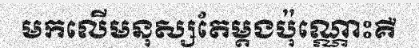
មកលើមនុស្សតែម្តងប៉ុណ្ណោះគឺ